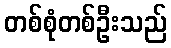
တစ်စုံတစ်ဦးသည်